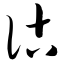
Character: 诂